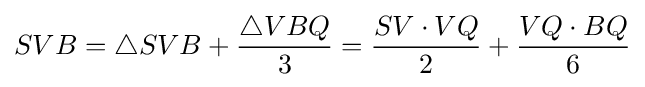
SVB=\triangle SVB+{\frac {\triangle VBQ}{3}}={\frac {SV\cdot VQ}{2}}+{\frac {VQ\cdot BQ}{6}}